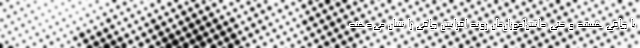
یا چاقی هستند و حتی دانش‌آموزان‌مان روند افزایش چاقی را نشان می‌دهند.